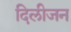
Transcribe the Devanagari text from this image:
दिलीजन